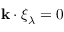
\mathbf { k } \cdot \boldsymbol { \xi } _ { \lambda } = 0